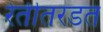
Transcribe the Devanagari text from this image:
रेतीतरडत